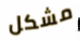
مشكل